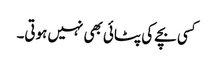
کسی بچے کی پٹائی بھی نہیں ہوتی۔